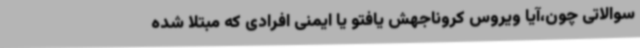
سوالاتی چون،آیا ویروس کروناجهش یافتو یا ایمنی افرادی که مبتلا شده